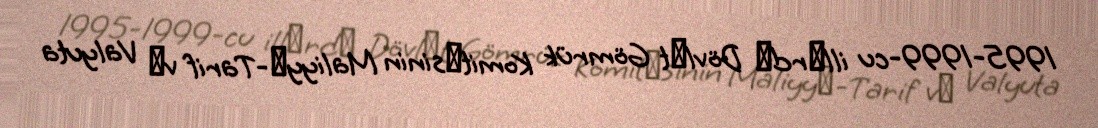
1995-1999-cu illәrdә Dövlәt Gömrük Komitәsinin Maliyyә-Tarif vә Valyuta